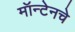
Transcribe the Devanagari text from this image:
मॉन्टेनचे